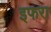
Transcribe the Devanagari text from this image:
इफरा